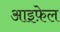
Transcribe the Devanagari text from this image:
आइफ़ेल